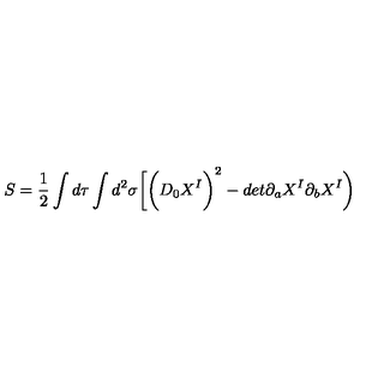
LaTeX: S = \frac { 1 } { 2 } \int d \tau \int d ^ { 2 } \sigma \biggl [ \biggl ( D _ { 0 } X ^ { I } \biggr ) ^ { 2 } - d e t \partial _ { a } X ^ { I } \partial _ { b } X ^ { I } \biggr )